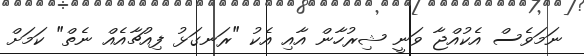
ނަމަވެސް އެކުއްޖާ ވަނީ ޝިރުހާން އާއި އެކު "ރަނގަޅު ފިއުޗާއެއް ނެތް" ކަމަށް